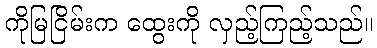
ကိုမြငြိမ်းက ထွေးကို လှည့်ကြည့်သည်။